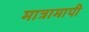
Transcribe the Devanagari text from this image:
मात्रामापी